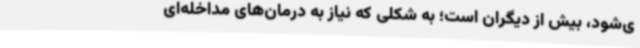
ی‌شود، بیش از دیگران است؛ به شکلی که نیاز به درمان‌های مداخله‌ای